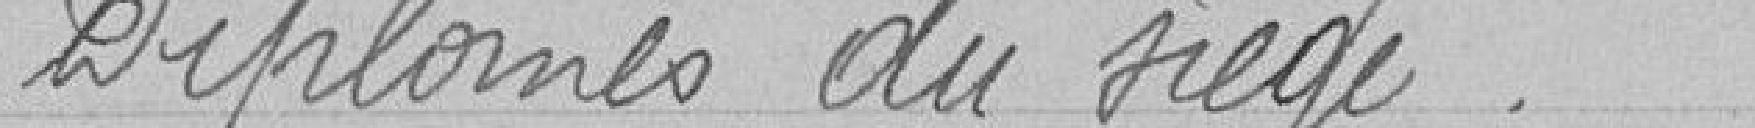
Diplômes du siège